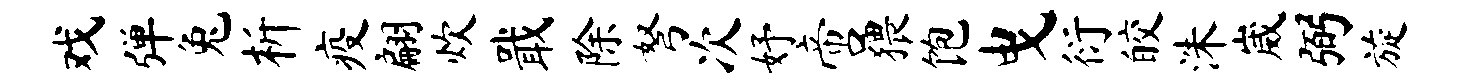
戏弹兔析疫翩炊戢除弩次妤啻猥饱曳衍皎洙崴弼旋